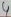
Text: 6